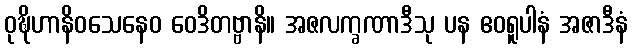
ဝုဍ္ဎိဟာနိဝသေနေဝ ဝေဒိတဗ္ဗာနိ။ အဇလက္ခဏာဒီသု ပန ဧဝရူပါနံ အဇာဒီနံ